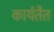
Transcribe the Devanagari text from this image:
कार्यतैत